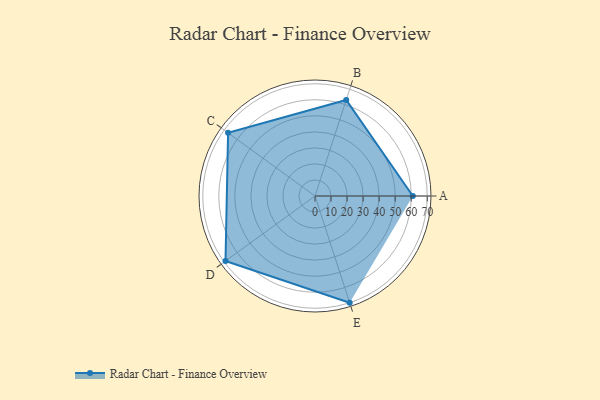
{"axis": {"x": "Skill", "y": "Score"}, "legend": ["Profile"], "data": [{"x": "A", "y": 61.0, "type": "Profile"}, {"x": "B", "y": 63.0, "type": "Profile"}, {"x": "C", "y": 67.0, "type": "Profile"}, {"x": "D", "y": 69.0, "type": "Profile"}, {"x": "E", "y": 70.0, "type": "Profile"}]}